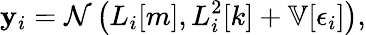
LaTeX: \mathbf{y}_{i}=\mathcal{{N}}\left(L_{i}[m],L_{i}^{2}[k]+\mathbb{{V}}[\epsilon_{i}]\right),